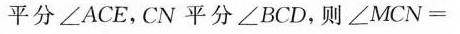
平分∠ACE，CN平分∠BCD，则$$∠ M C N =